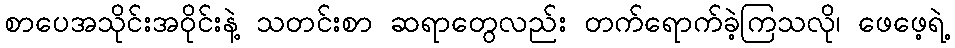
စာပေအသိုင်းအဝိုင်းနဲ့ သတင်းစာ ဆရာတွေလည်း တက်ရောက်ခဲ့ကြသလို၊ ဖေဖေ့ရဲ့